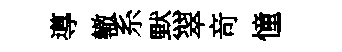
導轍系黙翠竒憧